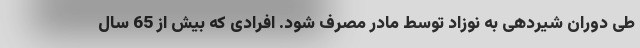
طی دوران شیردهی به نوزاد توسط مادر مصرف شود. افرادی که بیش از 65 سال